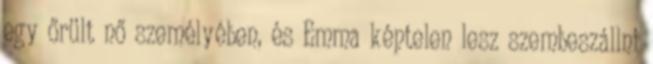
egy őrült nő személyében, és Emma képtelen lesz szembeszállni